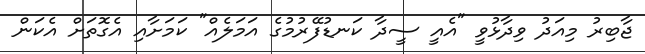
ޖާބިރު މިއަދު ވިދާޅުވީ "އެއީ ސީދާ ކަނޑުފޭރުމުގެ އަމަލެއް" ކަމަށާއި އެގޮތަށް އެކަން